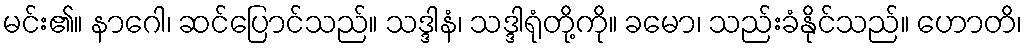
မင်း၏။ နာဂေါ၊ ဆင်ပြောင်သည်။ သဒ္ဒါနံ၊ သဒ္ဒါရုံတို့ကို။ ခမော၊ သည်းခံနိုင်သည်။ ဟောတိ၊